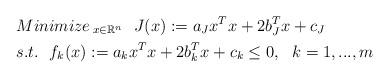
\begin{align*} &{Minimize\,}_{x\in \mathbb{R}^n} \ \ J(x):=a_Jx^Tx+2b_J^Tx+c_J\\ &s.t.\ \ f_k(x):=a_kx^Tx+2b_k^Tx+c_k \le 0,\ \ k=1,...,m \end{align*}